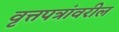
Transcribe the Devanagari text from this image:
वृत्तपत्रांवरील